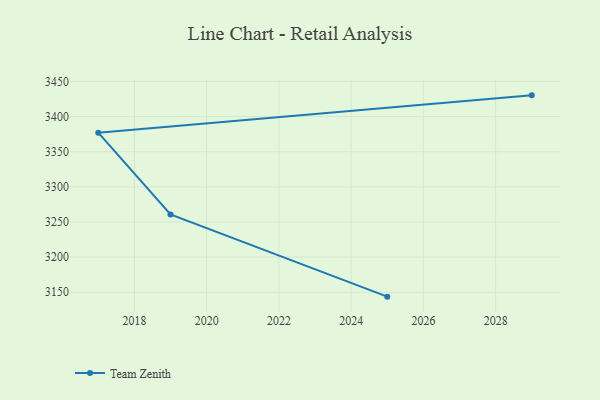
{"axis": {"x": "Year", "y": "Waste Production (Tons)"}, "legend": ["Team Zenith"], "data": [{"x": "2025", "y": 3143.7, "type": "Team Zenith"}, {"x": "2019", "y": 3260.6, "type": "Team Zenith"}, {"x": "2017", "y": 3377.1, "type": "Team Zenith"}, {"x": "2029", "y": 3430.2, "type": "Team Zenith"}]}